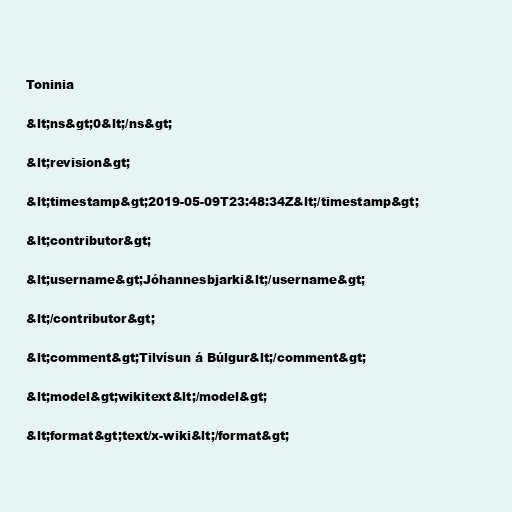
Toninia

&lt;ns&gt;0&lt;/ns&gt;

&lt;revision&gt;

&lt;timestamp&gt;2019-05-09T23:48:34Z&lt;/timestamp&gt;

&lt;contributor&gt;

&lt;username&gt;Jóhannesbjarki&lt;/username&gt;

&lt;/contributor&gt;

&lt;comment&gt;Tilvísun á Búlgur&lt;/comment&gt;

&lt;model&gt;wikitext&lt;/model&gt;

&lt;format&gt;text/x-wiki&lt;/format&gt;